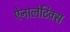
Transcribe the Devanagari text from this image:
ऐनालेटिक्स